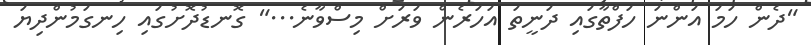
"ދެން ހަމަ އަންނަ ހަފްތާގައި ދަނީތަ އަހަރެން ވަރަށް މިސްވާނެ..." ގޮނޑުދޮށުގައި ހިނގަމުންދިޔަ